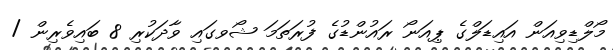
މޯލްޑިވިއަން އައިޑަލްގެ ޕިއަނޯ ރައުންޑުގެ ފުރަތަމަ ޝޯވގައި ވާދަކުރި 8 ބައިވެރިން /